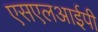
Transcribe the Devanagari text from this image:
एसएलआईपी